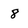
Character: 8